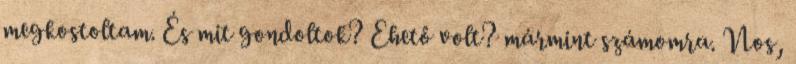
megkostoltam. És mit gondoltok? Ehető volt? mármint számomra. Nos,